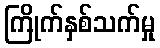
ကြိုက်နှစ်သက်မှု